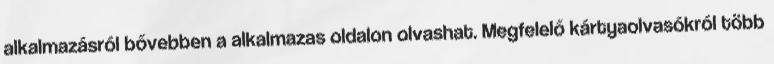
alkalmazásról bővebben a alkalmazas oldalon olvashat. Megfelelő kártyaolvasókról több